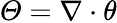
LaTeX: \varTheta=\nabla\cdot\theta